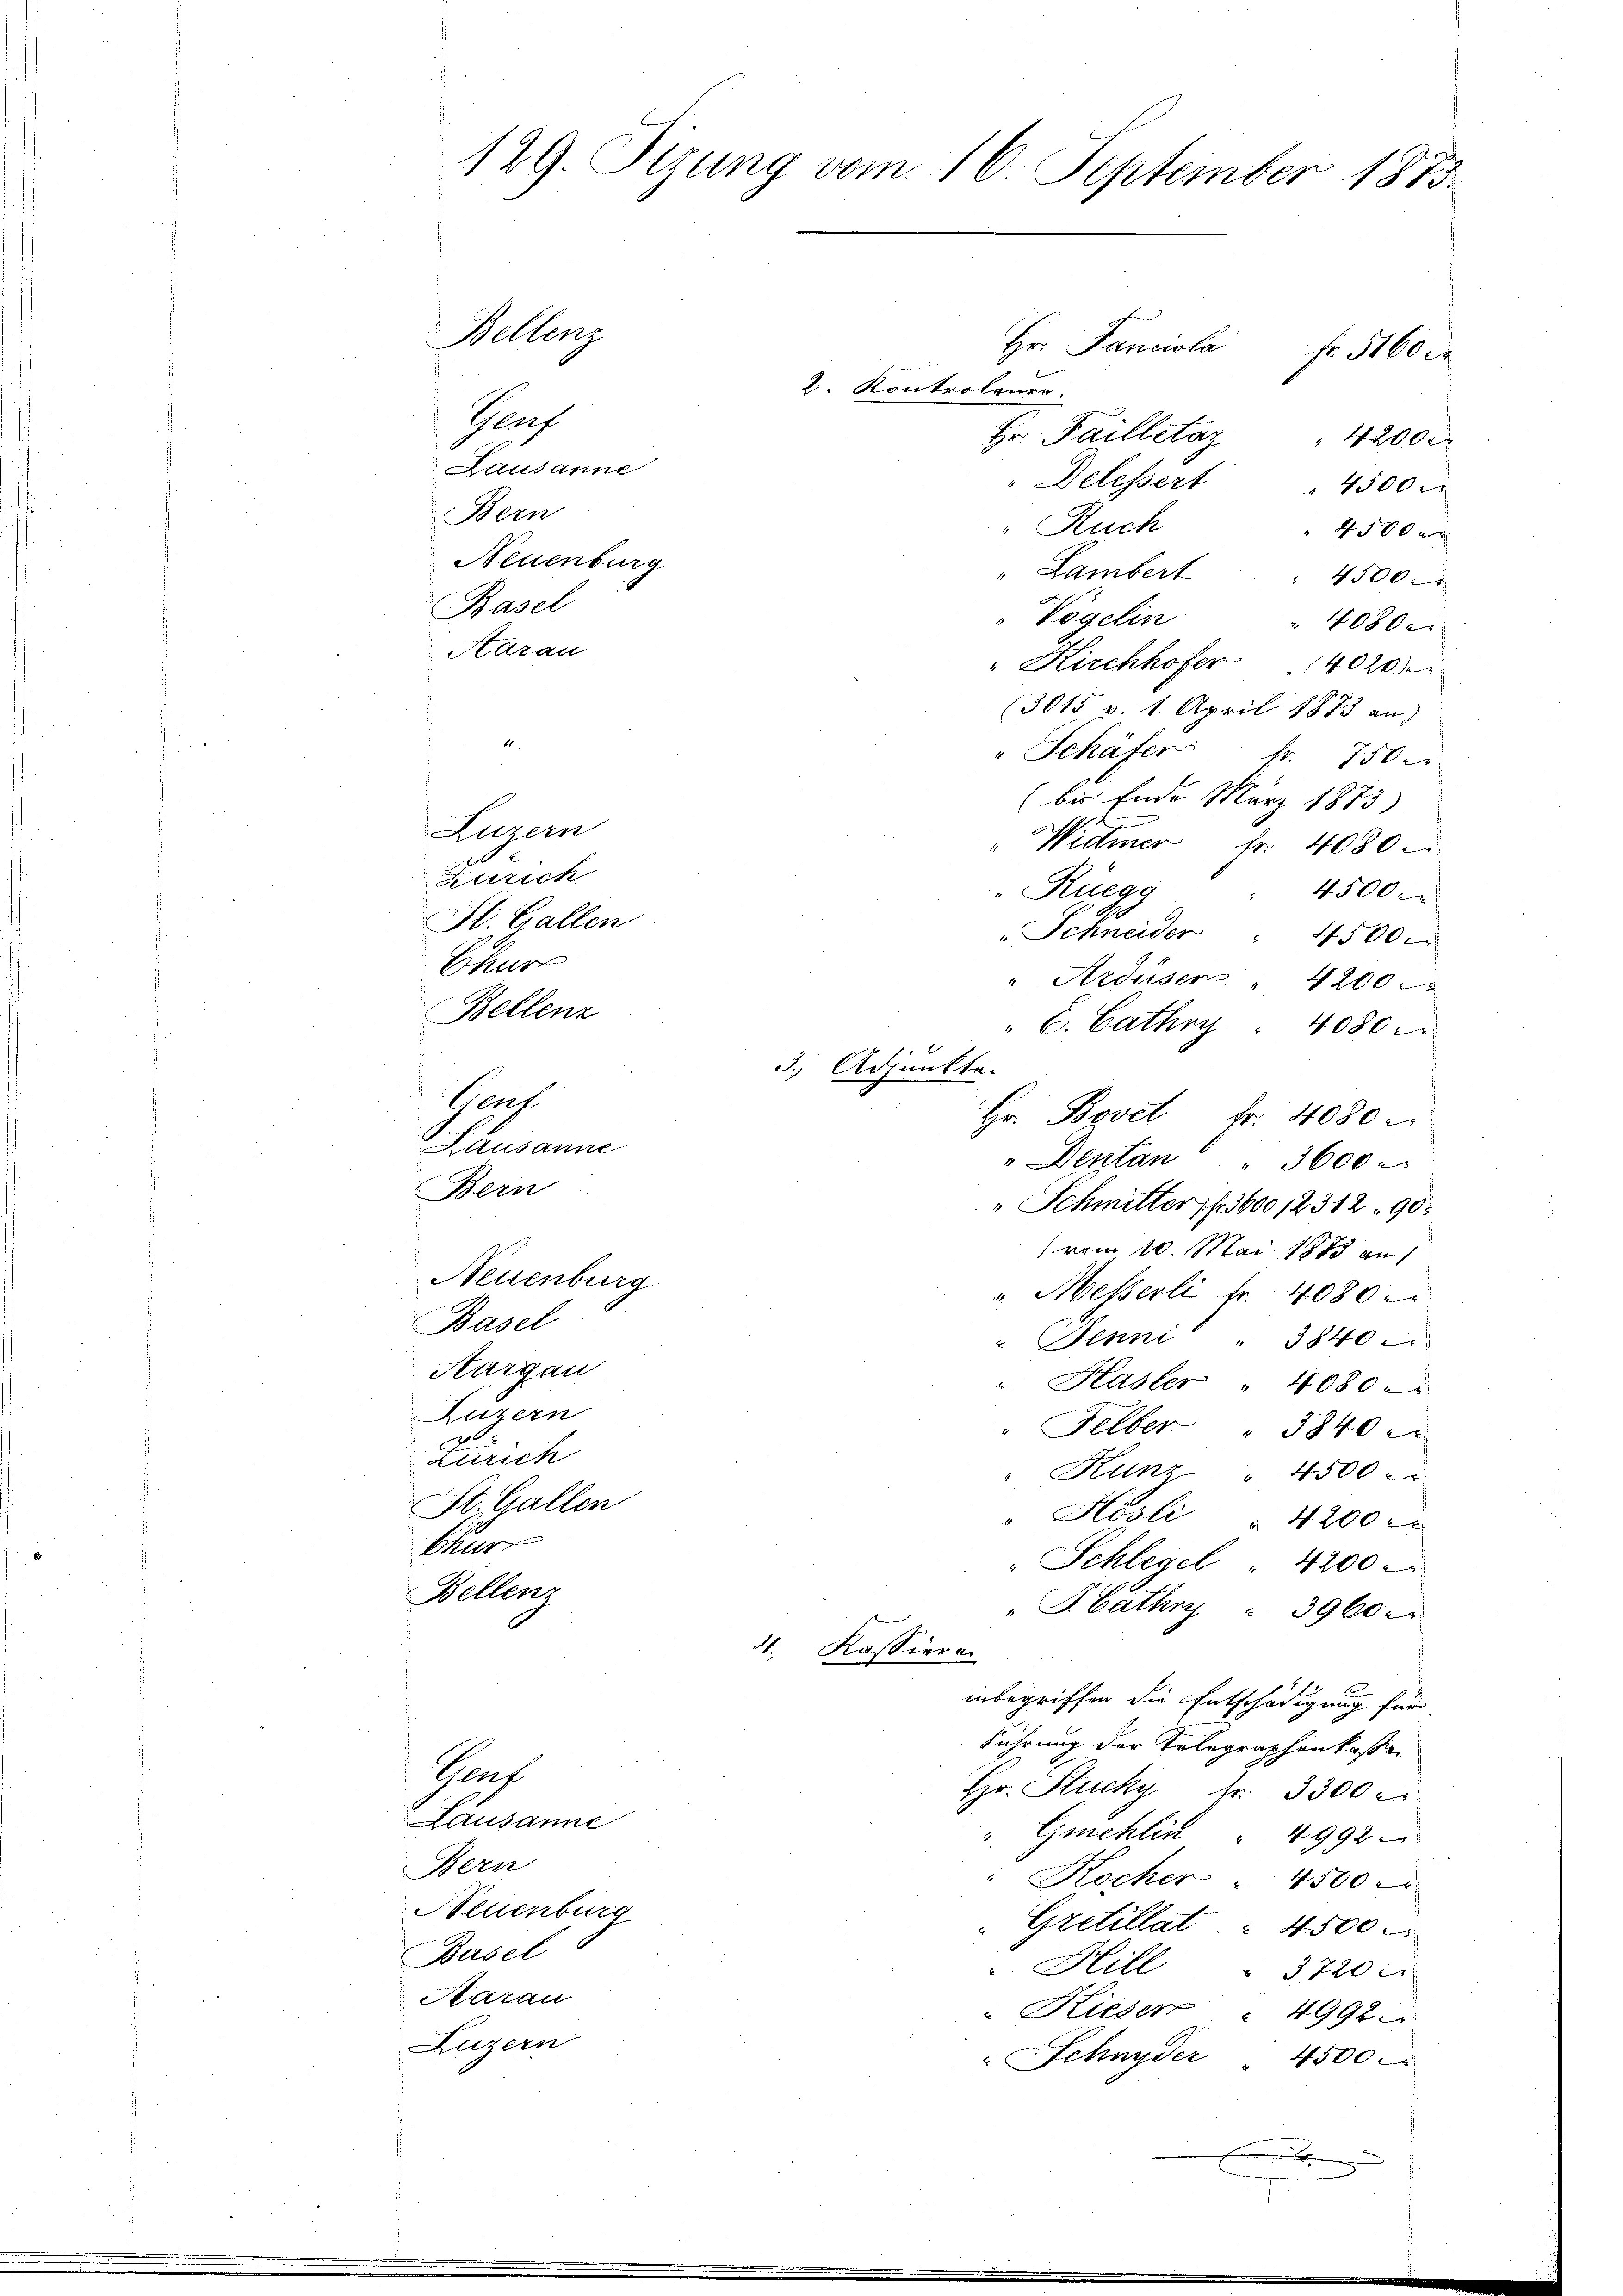
Bellenz
Gaef
Lausanne
Neuenburg
Basel
Aargau
Luzern
Zürich
St. Gallen
Chur
Bellenz

129. Sizung vom 16. September 1873.
h
Bellenz
Hr. Fanciola
fr. 5160 c

2. Kontrolener
Pauf
Hr. Failletaz
42000
Lausanne
" Delessert
4500 r
Bern
Ruch
 4500 x
Neuenburg
"Lambert
4500
Basel
Vögelin
4080x
Harau
" Kirchhofer 4020.
(3015 v. 1. April 1873 an)
1
" Schäfer fr. 750.
(bis Ende März 1875)
"Widmer fr. 4080.
 Rüegg
4500
"Schneider . 4500.
" Ardüsen 4200.
" E. Cathry . 4080
Hr. Bovet Fr. 4080
"Dentan " " 3600.
" Schmitter fr. 360012312 90
(vom 10. Mai 1883 an
" Messerli fr. 4080.
 Jenni 1840
u. Hasler " 4080
"Felber " 3840 x
Kunz " 4500
" Hösli " 4200 r
" Schlegel : 4200.
" J. Bathry " 3900 er
4. Kassieren
d
inbegriffen die Entschädigung für
Führung der Telegraphenkasse
Such
Hr. Stucky Nr. 3300 l.
Lausanne
" Gmchlin " 4992
Bern
Kocher 4500 x
Aeuenburg
Grctillat 4500.
Basel
 Hill
3220
Aarau
 Kieser " 4992
Luzern
Schnyder " 4500

Luzern
Zürich
Chur

Bern

St. Gallen

3. Adjunkte.

.